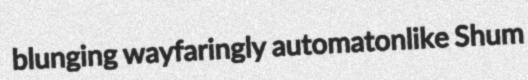
blunging wayfaringly automatonlike Shum